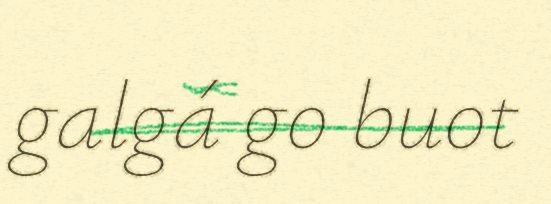
galgá go buot